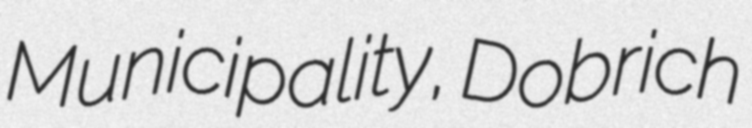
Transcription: Municipality, Dobrich